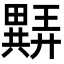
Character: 𬏖